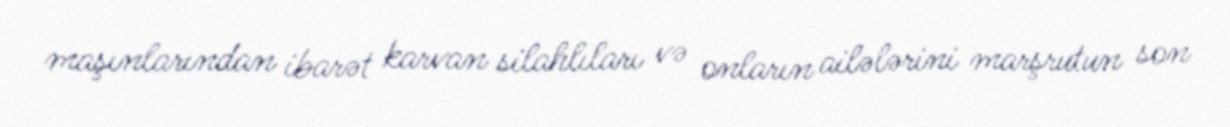
maşınlarından ibarət karvan silahlıları və onların ailələrini marşrutun son